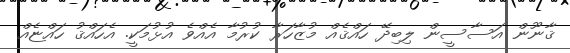
ޤާނޫން އަސާސީން ލިބިދޭ ހައްޤެއް މުޒާހަރާ ކުރުމާ އެއްވެ އުޅުމަކީ. އެހައްޤު ހައްޏެއް